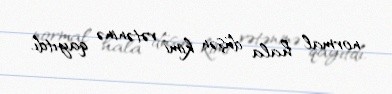
normal hala düşən kimi vətəninə qayıtdı.